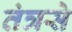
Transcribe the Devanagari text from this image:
तंत्रसे